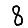
Digit: 8